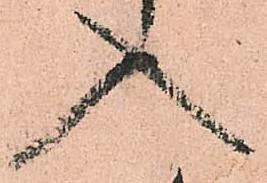
入